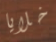
خلايا